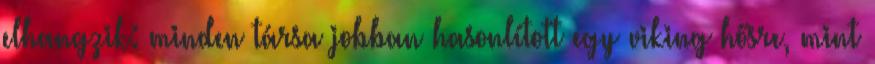
elhangzik: minden társa jobban hasonlított egy viking hősre, mint